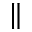
\parallel